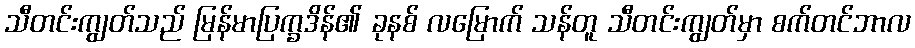
သီတင်းကျွတ်သည် မြန်မာပြက္ခဒိန်၏ ခုနစ် လမြောက် သန်တူ သီတင်းကျွတ်မှာ စက်တင်ဘာလ